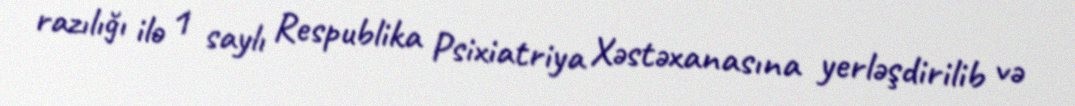
razılığı ilə 1 saylı Respublika Psixiatriya Xəstəxanasına yerləşdirilib və